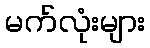
မက်လုံးများ